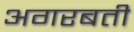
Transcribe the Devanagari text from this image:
अगरबती